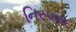
નિરપવાદ